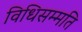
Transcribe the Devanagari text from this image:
विधिसम्मति